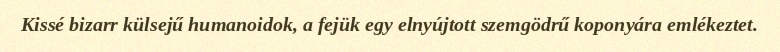
Kissé bizarr külsejű humanoidok, a fejük egy elnyújtott szemgödrű koponyára emlékeztet.